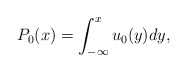
\begin{align*}P_{0}(x)=\int_{-\infty}^{x}u_{0}(y)dy,\end{align*}